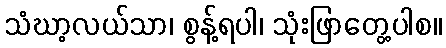
သံဃာ့လယ်သာ၊ စွန့်ရပါ၊ သုံးဖြာတွေ့ပါစ။